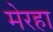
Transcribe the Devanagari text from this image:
मेरहा